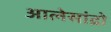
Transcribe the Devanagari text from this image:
आलेसांद्रो